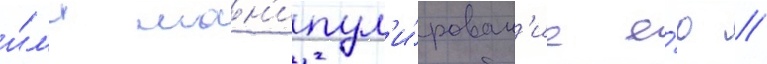
и́л'и ман'ипул'и́рован'ие е́ю //